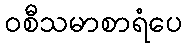
ဝစီသမာစာရံပေ